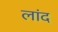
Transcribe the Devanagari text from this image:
लांद